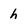
Character: h